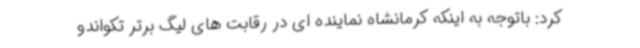
کرد: باتوجه به اینکه کرمانشاه نماینده ای در رقابت های لیگ برتر تکواندو